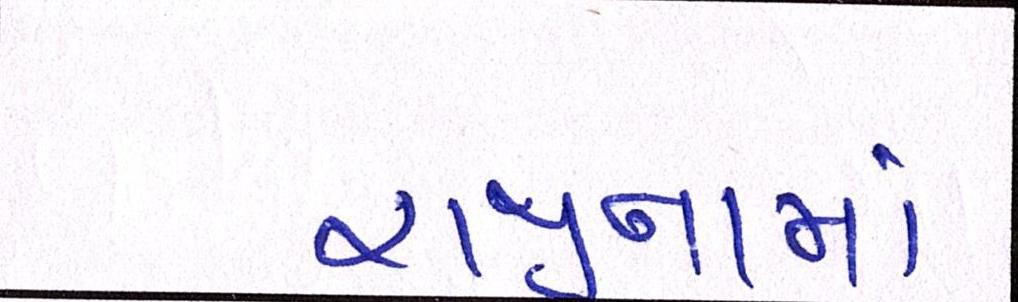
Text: રાજીનામા